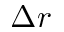
\Delta r